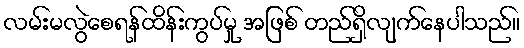
လမ်းမလွဲစေရန်ထိန်းကွပ်မှု အဖြစ် တည်ရှိလျက်နေပါသည်။